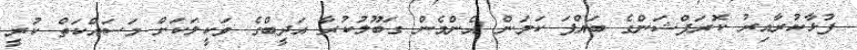
ފުޅާކުރާއިރު ކޮރަޕްޝަންގެ ބައްޕަ ކަމަން އެންމެން ގަބޫލުކުރާ އަދީބްގެ ވަކީލަކަށް މަސައްކަތް ކުރީ